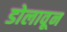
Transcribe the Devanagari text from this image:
डोलावून